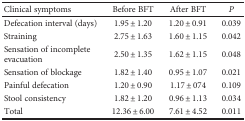
<table><thead><tr><td><b>Clinical symptoms</b></td><td><b>Before BFT</b></td><td><b>After BFT</b></td><td><b><i>P</i></b></td></tr></thead><tbody><tr><td>Defecation interval (days)</td><td>1.95 ± 1.20</td><td>1.20 ± 0.91</td><td>0.039</td></tr><tr><td>Straining</td><td>2.75 ± 1.63</td><td>1.60 ± 1.15</td><td>0.042</td></tr><tr><td>Sensation of incomplete evacuation</td><td>2.50 ± 1.35</td><td>1.62 ± 1.15</td><td>0.048</td></tr><tr><td>Sensation of blockage</td><td>1.82 ± 1.40</td><td>0.95 ± 1.07</td><td>0.021</td></tr><tr><td>Painful defecation</td><td>1.20 ± 0.90</td><td>1.17 ± 074</td><td>0.109</td></tr><tr><td>Stool consistency</td><td>1.82 ± 1.20</td><td>0.96 ± 1.13</td><td>0.034</td></tr><tr><td>Total</td><td>12.36 ± 6.00</td><td>7.61 ± 4.52</td><td>0.011</td></tr></tbody></table>